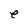
Character: e